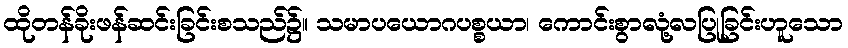
ထိုတန်ခိုးဖန်ဆင်းခြင်းစသည်၌။ သမာပယောဂပစ္စယာ၊ ကောင်းစွာလုံ့လပြုခြင်းဟူသော